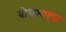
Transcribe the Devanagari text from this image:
बोधस्वरूपा